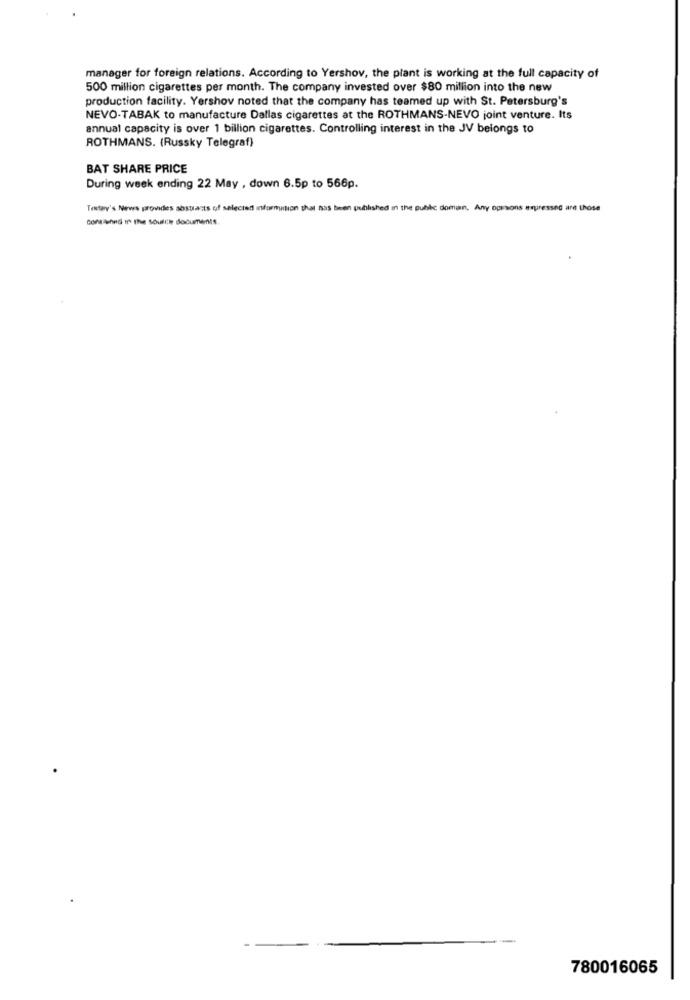
manager for foreign relations. According to Yershov, the plant is working at the full capacity of
500 million cigarettes per month. The company invested over $80 million into the new
production facility. Yershov noted that the company has teamed up with St. Petersburg's
NEVO-TABAK to manufacture Dallas cigarettes at the ROTHMANS-NEVO joint venture. Its
annual capacity is over 1 billion cigarettes. Controlling interest in the JV belongs to
ROTHMANS. (Russky Telegraf)
BAT SHARE PRICE
During week ending 22 May , down 6.5p to 566p.
Testey's News provides abstracts of selectaff information that has been published in the public domain, Any opesons erpresst
Ire those
Contained In the Soulle documents
780016065